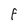
Character: f